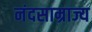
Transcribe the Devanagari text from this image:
नंदसाम्राज्य